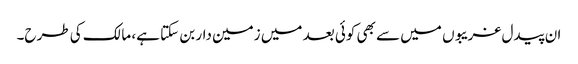
ان پیدل غریبوں میں سے بھی کوئی بعد میں زمین دار بن سکتا ہے، مالک کی طرح۔